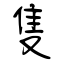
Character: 隻